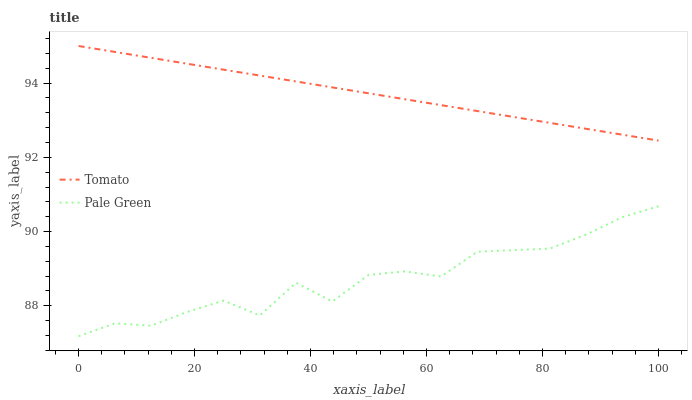
| xaxis_label | Tomato | Pale Green |
 | --- | --- | --- |
 | 0 | 95 | 87.2 |
 | 6.25 | 94.8 | 87.5 |
 | 12.5 | 94.7 | 87.5 |
 | 18.8 | 94.5 | 87.8 |
 | 25 | 94.4 | 88.1 |
 | 31.2 | 94.2 | 87.7 |
 | 37.5 | 94 | 88.6 |
 | 43.8 | 93.9 | 88.1 |
 | 50 | 93.7 | 88.8 |
 | 56.2 | 93.6 | 88.9 |
 | 62.5 | 93.4 | 88.8 |
 | 68.8 | 93.2 | 89.5 |
 | 75 | 93.1 | 89.5 |
 | 81.2 | 92.9 | 89.5 |
 | 87.5 | 92.8 | 89.9 |
 | 93.8 | 92.6 | 90.4 |
 | 100 | 92.5 | 90.7 |